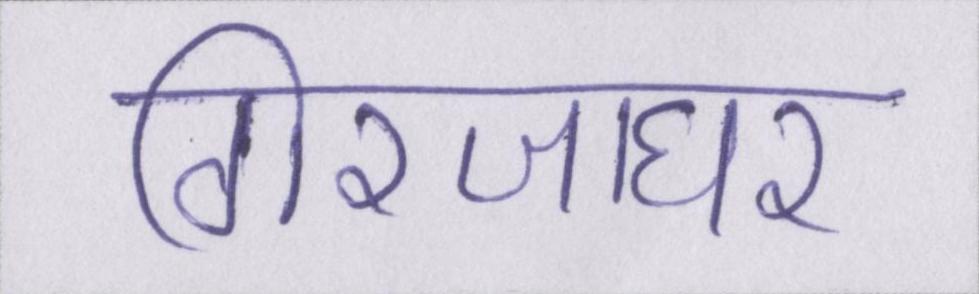
गिरजाघर